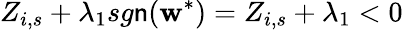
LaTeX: Z_{i,s}+\lambda_{1}sg\mathsf{n}(\mathbf{w}^{\ast})=Z_{i,s}+\lambda_{1}<0